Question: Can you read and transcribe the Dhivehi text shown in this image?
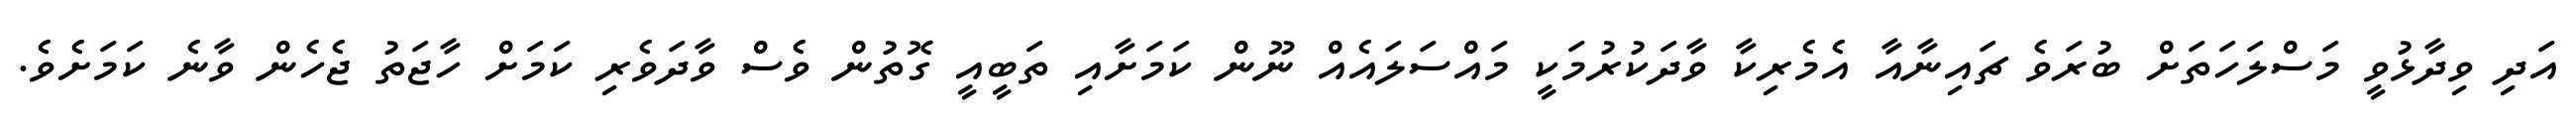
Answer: އަދި ވިދާޅުވީ މަސްލަހަތަށް ބުރަވެ ޗައިނާއާ އެމެރިކާ ވާދަކުރުމަކީ މައްސަލައެއް ނޫން ކަމަށާއި ތަބީއީ ގޮތުން ވެސް ވާދަވެރި ކަމަށް ހާޖަތު ޖެހެން ވާނެ ކަމަށެވެ.